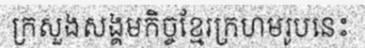
ក្រសួងសង្គមកិច្ចខ្មែរក្រហមរូបនេះ